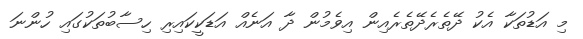
މި އަޑުތަކާ އެކު ދޭތެރެދޭތެރެއިން އިވެމުން ދާ އަނެއް އަޑަކީކައިރި ހިސާބުތަކުގައި ހުންނަ